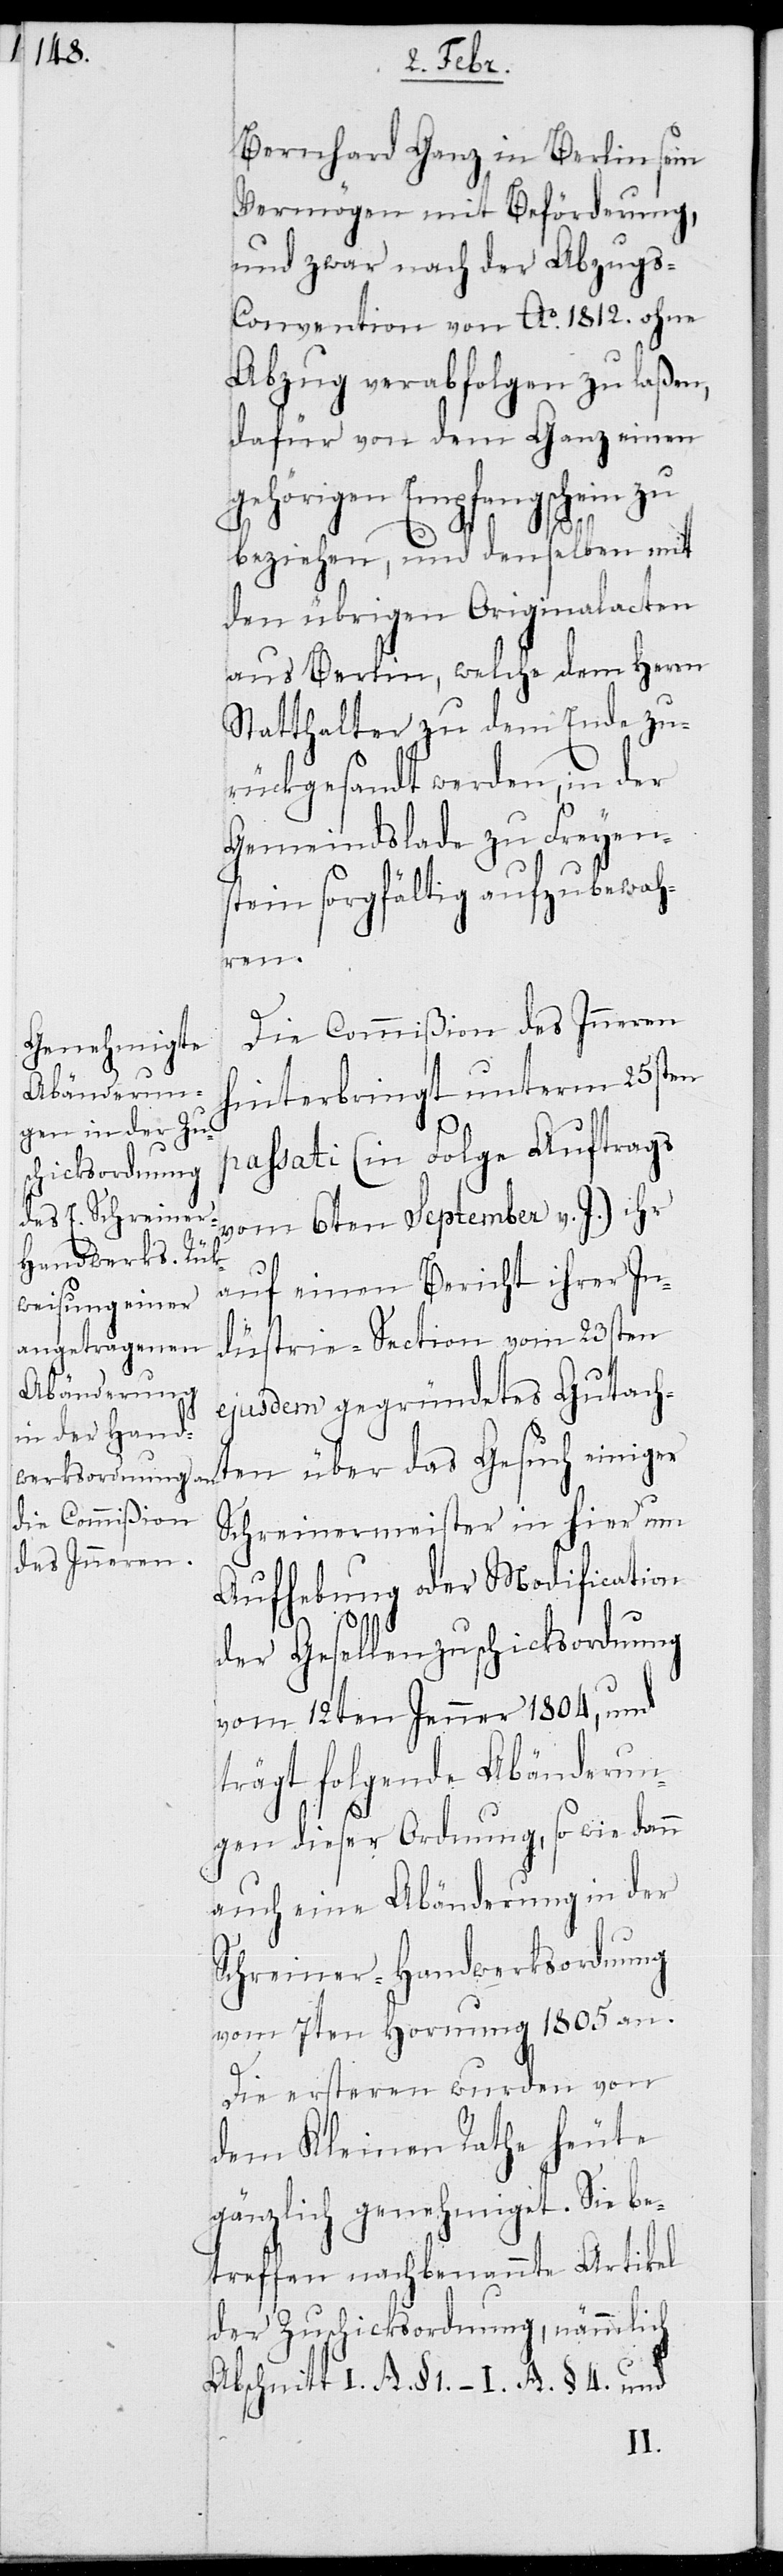
Bernhard Ganz in Berlin sein
Vermögen mit Beförderung,
und zwar nach der Abzugs-C¬
onvention von Ao 1812. ohne
Abzug verabfolgen zu laßen,
dafür von dem Ganz einen
gehörigen Empfangschein zu
beziehen, und denselben mit
den übrigen Originalacten
aus Berlin, welche dem Herrn
Statthalter zu dem Ende zu¬
rückgesandt werden, in der
Gemeindslade zu Freyen¬
stein sorgfältig aufzubewah¬
ren.
Die Commißion des Inneren
hinterbringt unterm 25sten
passati (in Folge Auftrags
vom 6ten September v. J.) ihr
auf einen Bericht ihrer In¬
düstrie-Section vom 23sten
ejusdem gegründetes Gutacht¬
en über das Gesuch einiger
Schreinermeister in hier um
Aufhebung oder Modification
der Gesellenzuschicksordnung
vom 12ten Jenner 1804, und
trägt folgende Abänderun¬
gen dieser Ordnung, so wie dann
auch eine Abänderung in der
Schreiner-Handwerksordnung
vom 7ten Hornung 1805 an.
Die ersteren wurden von
dem Kleinen Rathe heute
gänzlich genehmiget. Sie be¬
treffen nachbenannte Artikel
der Zuschicksordnung, nämmlich
Abschnitt I. A. § 1. – I. A. § 4. und